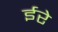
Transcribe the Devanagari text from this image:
ईरे